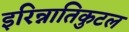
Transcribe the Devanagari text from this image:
इरिन्नातिकुटल